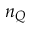
n _ { Q }